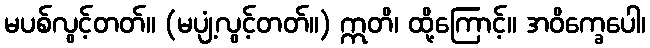
မပစ်လွင့်တတ်။ (မပျံ့လွင့်တတ်။) ဣတိ၊ ထို့ကြောင့်။ အဝိက္ခေပေါ၊